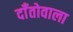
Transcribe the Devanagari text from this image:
दाँतोवाला